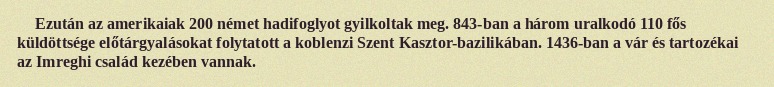
Ezután az amerikaiak 200 német hadifoglyot gyilkoltak meg. 843-ban a három uralkodó 110 fős küldöttsége előtárgyalásokat folytatott a koblenzi Szent Kasztor-bazilikában. 1436-ban a vár és tartozékai az Imreghi család kezében vannak.